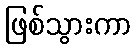
ဖြစ်သွားကာ